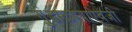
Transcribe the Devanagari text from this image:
गुंडाळण्याऐवजी